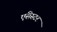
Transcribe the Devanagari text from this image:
एंसेस्टर